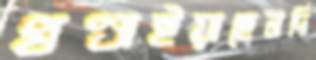
খণ্ডাইয়াছেনদি